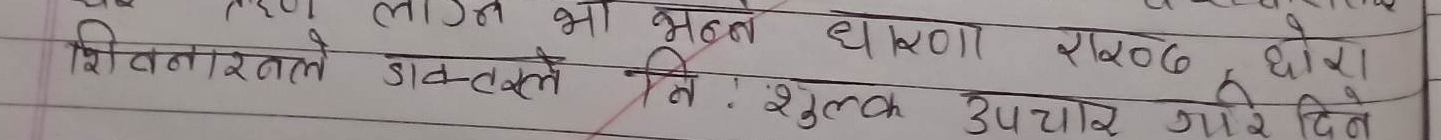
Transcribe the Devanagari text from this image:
तुरुन लाउन भा म्हणले धावा राखड दौरा
शिवानाथले डाक्तुले मि: शुल्क उपचार गरे दिने